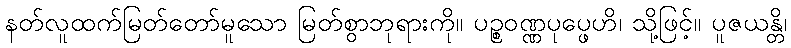
နတ်လူထက်မြတ်တော်မူသော မြတ်စွာဘုရားကို။ ပဉ္စဝဏ္ဏပုပ္ဖေဟိ၊ သို့ဖြင့်။ ပူဇယန္တိ၊